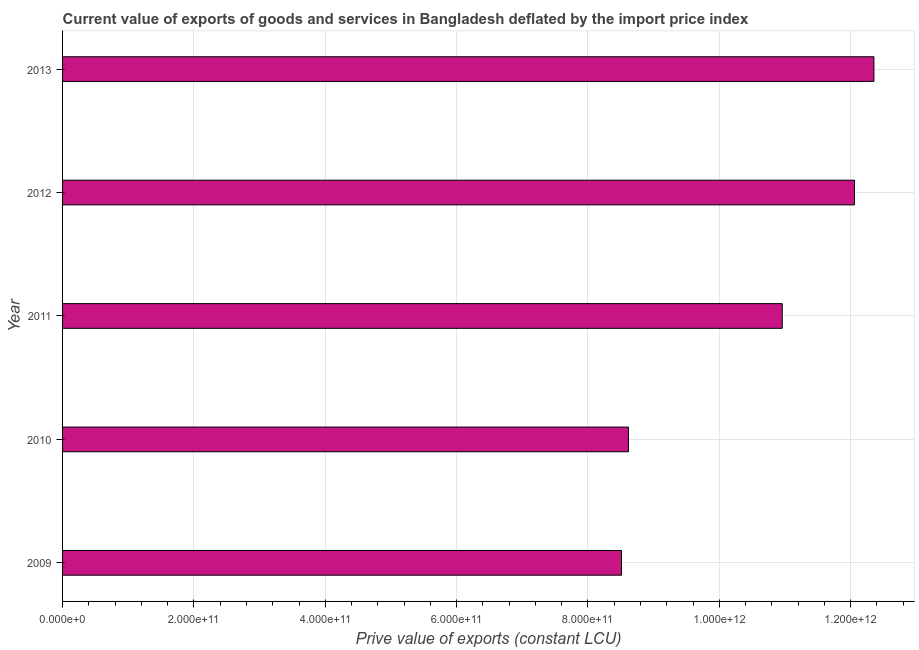
| Year | Exports as a capacity to import (constant LCU) |
 | --- | --- |
 | 2009 | 8.51e+11 |
 | 2010 | 8.62e+11 |
 | 2011 | 1.1e+12 |
 | 2012 | 1.21e+12 |
 | 2013 | 1.24e+12 |